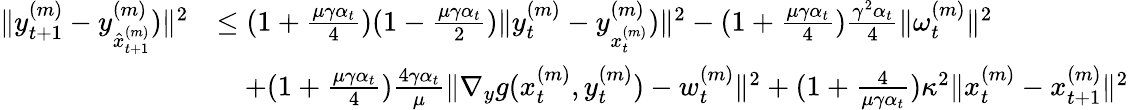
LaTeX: \begin{array}{rl}{\| y_{t+1}^{(m)}-y_{\hat{x}_{t+1}^{(m)}}^{(m)})\| ^{2}}&{\leq(1+\frac{\mu\gamma\alpha_{t}}{4})(1-\frac{\mu\gamma\alpha_{t}}{2})\| y_{t}^{(m)}-y_{x_{t}^{(m)}}^{(m)})\| ^{2}-(1+\frac{\mu\gamma\alpha_{t}}{4})\frac{\gamma^{2}\alpha_{t}}{4}\| \omega_{t}^{(m)}\| ^{2}}\\ &{\quad+(1+\frac{\mu\gamma\alpha_{t}}{4})\frac{4\gamma\alpha_{t}}{\mu}\| \nabla_{y}g(x_{t}^{(m)},y_{t}^{(m)})-w_{t}^{(m)}\| ^{2}+(1+\frac{4}{\mu\gamma\alpha_{t}})\kappa^{2}\| x_{t}^{(m)}-x_{t+1}^{(m)}\| ^{2}}\end{array}